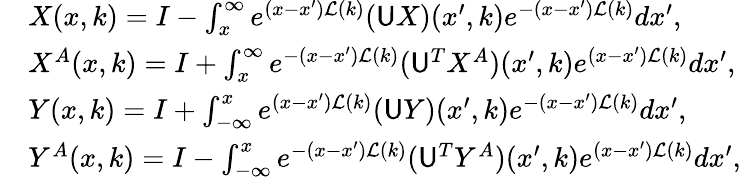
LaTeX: \begin{array}{rl}&{X(x,k)=I-\int_{x}^{\infty}e^{(x-x^{\prime})\mathcal{L}(k)}(\mathsf{U}X)(x^{\prime},k)e^{-(x-x^{\prime})\mathcal{L}(k)}dx^{\prime},}\\ &{X^{A}(x,k)=I+\int_{x}^{\infty}e^{-(x-x^{\prime})\mathcal{L}(k)}(\mathsf{U}^{T}X^{A})(x^{\prime},k)e^{(x-x^{\prime})\mathcal{L}(k)}dx^{\prime},}\\ &{Y(x,k)=I+\int_{-\infty}^{x}e^{(x-x^{\prime})\mathcal{L}(k)}(\mathsf{U}Y)(x^{\prime},k)e^{-(x-x^{\prime})\mathcal{L}(k)}dx^{\prime},}\\ &{Y^{A}(x,k)=I-\int_{-\infty}^{x}e^{-(x-x^{\prime})\mathcal{L}(k)}(\mathsf{U}^{T}Y^{A})(x^{\prime},k)e^{(x-x^{\prime})\mathcal{L}(k)}dx^{\prime},}\end{array}